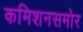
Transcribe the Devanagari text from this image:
कमिशनसमोर